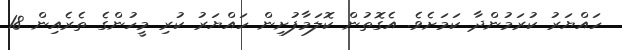
ހައްޔަރު ކުރަމުންދާ ކަމަށެވެ. އެގޮތުން ކޮލަމާފުށިން ހައްޔަރު ކުރި މީހުންގެ ތެރެއިން 18